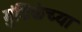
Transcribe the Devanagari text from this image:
गुंडिकेच्या